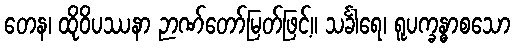
တေန၊ ထိုဝိပဿနာ ဉာဏ်တော်မြတ်ဖြင့်။ သင်္ခါရေ၊ ရူပက္ခန္ဓာစသော